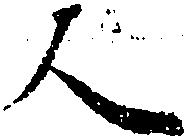
人